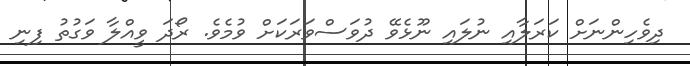
ދިވެހިންނަށް ކަރަލާއި ނުލައި ނޫޅެވޭ ދުވަސްވަރަކަށް ވުމެވެ. ރޯދަ ވީއްލާ ވަގުތު ފިނި